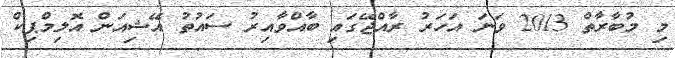
މި މުބާރާތް 2013 ވަނަ އަހަރު ރާއްޖޭގައި ބާއްވާއިރު ސައުތު އޭޝިއަން އޮލިމްޕިކް